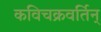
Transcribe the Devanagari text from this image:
कविचक्रवर्तिन्